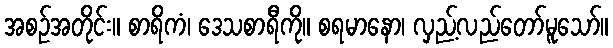
အစဉ်အတိုင်း။ စာရိကံ၊ ဒေသစာရီကို။ စရမာနော၊ လှည့်လည်တော်မူသော်။